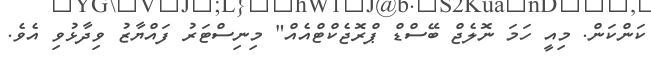
ކަންކަން. މިއީ ހަމަ ނޮލެޖް ބޭސްޑް ޕްރޮޖެކްޓްއެއް" މިނިސްޓަރު ފައްޔާޒު ވިދާޅުވި އެވެ.